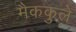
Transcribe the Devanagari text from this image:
मैककुले